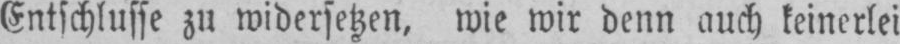
Entschlusse zu widersetzen, wie wir denn auch keinerlei